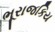
ભૂરાજકિય